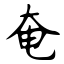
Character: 奄